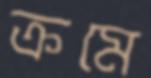
ক্রমে